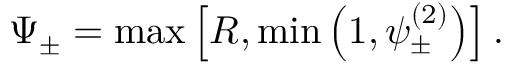
\Psi _ { \pm } = \operatorname* { m a x } \left[ R , \operatorname* { m i n } \left( 1 , \psi _ { \pm } ^ { ( 2 ) } \right) \right] .